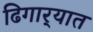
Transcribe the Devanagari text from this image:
ढिगार्‍यात